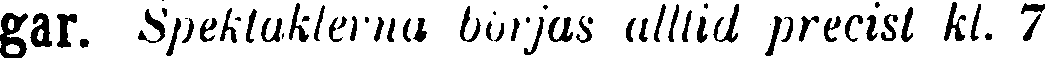
gar. Spektaklerna börjas alltid precist kl. 7